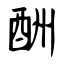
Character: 酬